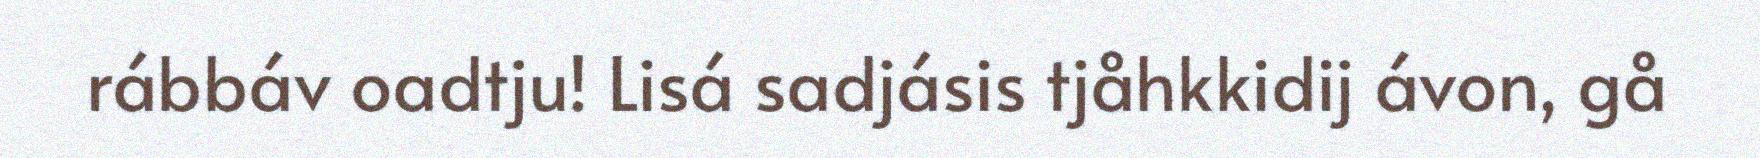
rábbáv oadtju! Lisá sadjásis tjåhkkidij ávon, gå